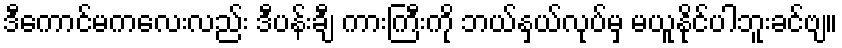
ဒီကောင်မကလေးလည်း ဒီပန်းချီ ကားကြီးကို ဘယ်နှယ်လုပ်မှ မယူနိုင်ပါဘူးခင်ဗျ။